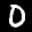
Label: 0